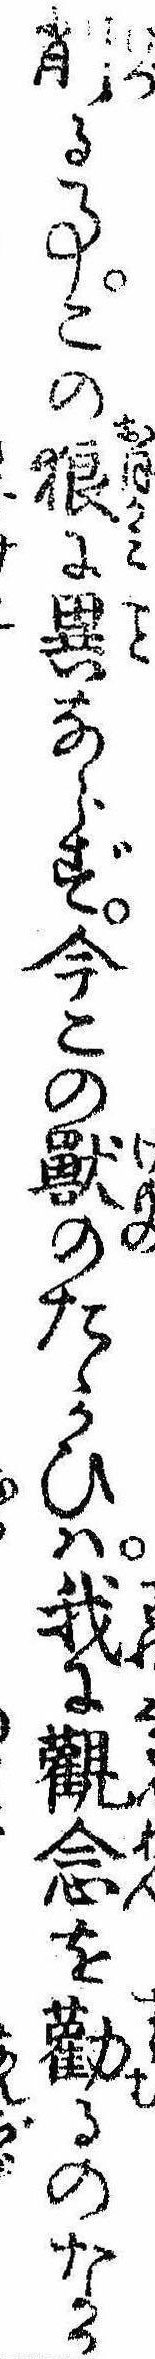
削る事この狼に異ならず今この獣のたゝかひは我に観念を勧るのなか